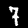
Digit: 7